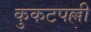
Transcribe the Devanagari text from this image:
कुकटपल्ली